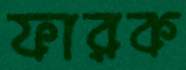
ফারক